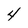
Character: 4